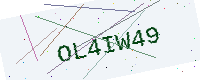
Text: OL4IW49